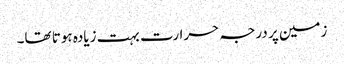
زمین پر درجہ حرارت بہت زیادہ ہوتا تھا۔